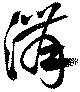
溝